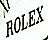
ROLEX